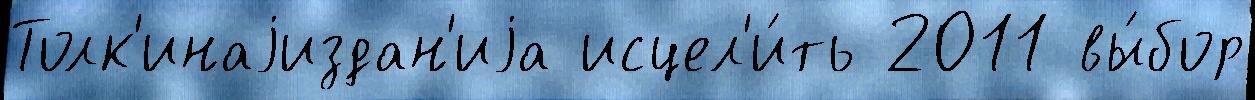
Толк'инаjиздан'иjа исцел'и́ть 2011 вы́бор